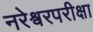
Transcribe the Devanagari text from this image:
नरेश्वरपरीक्षा